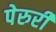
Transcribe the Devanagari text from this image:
पेरुरी